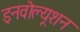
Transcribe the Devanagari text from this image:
इनवोल्यूशन